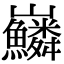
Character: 𡿠